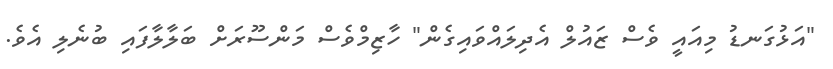
"އަޅުގަނޑު މިއައީ ވެސް ޒައުލް އެދިލައްވައިގެން" ހާޒިމްވެސް މަންސޫރަށް ބަލާލާފައި ބުނެލި އެވެ.